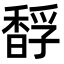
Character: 馟